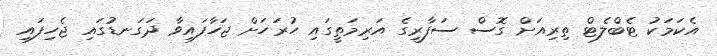
އެކަމަކު ޓެބްލެޓް ތިރިއަށް ގޮސް ސަފާރީގެ އަރިމަތީގައި ހުރަހަށް ޖަހާފައިވާ ދަގަނޑުގައި ޖެހިފައި